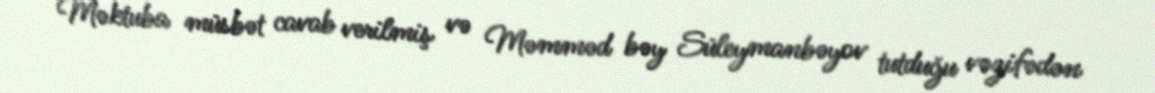
Məktuba müsbət cavab verilmiş və Məmməd bəy Süleymanbəyov tutduğu vəzifədən